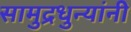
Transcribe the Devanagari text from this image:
सामुद्रधुन्यांनी